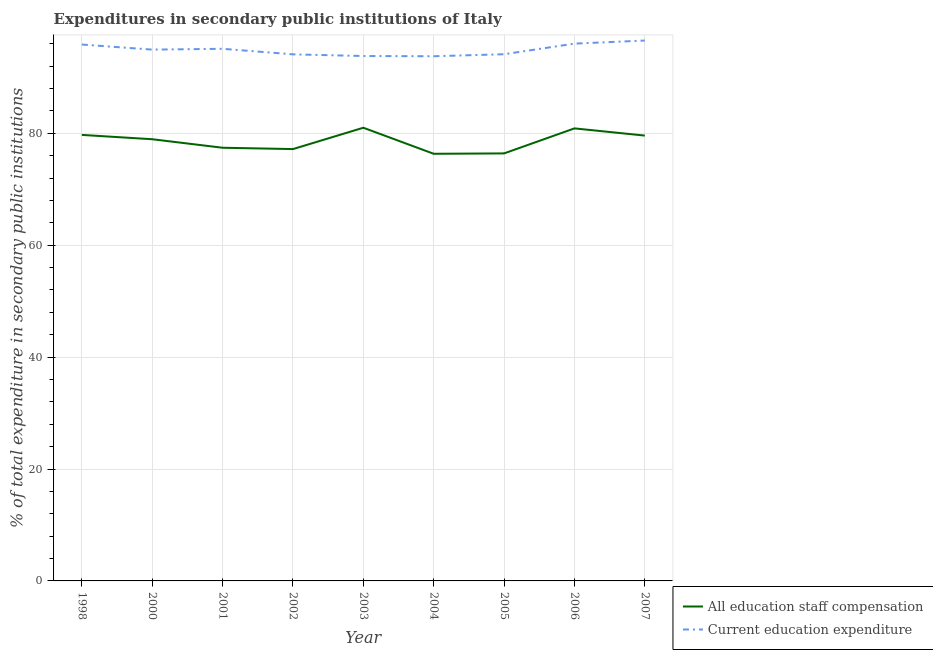
| Year | All education staff compensation | Current education expenditure |
 | --- | --- | --- |
 | 1998 | 79.7 | 95.9 |
 | 2000 | 78.9 | 95 |
 | 2001 | 77.4 | 95.1 |
 | 2002 | 77.2 | 94.1 |
 | 2003 | 81 | 93.8 |
 | 2004 | 76.3 | 93.8 |
 | 2005 | 76.4 | 94.1 |
 | 2006 | 80.9 | 96 |
 | 2007 | 79.6 | 96.6 |